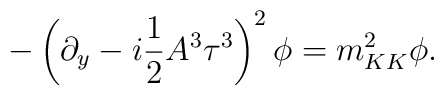
-\left(\partial_{y} - i \frac{1}{2} A^{3} \tau^{3} \right)^{2} \phi     = m_{KK}^{2} \phi .